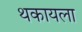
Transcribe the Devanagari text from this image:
थकायला